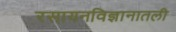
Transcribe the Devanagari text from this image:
रसायनविज्ञानातली